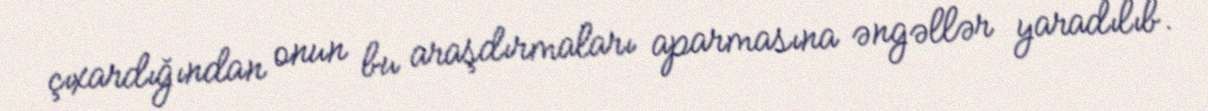
çıxardığından onun bu araşdırmaları aparmasına əngəllər yaradılıb.